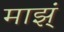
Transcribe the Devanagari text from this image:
माझ्ं